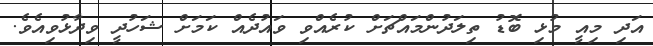
އަދި މިއީ މުޅި ބޮޑު ތިލަދުންމައްޗަށް ކުރެއްވި ވައުދެއް ކަމަށް ޝަހުދީ ވިދާޅުވިއެވެ.